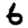
Digit: 6